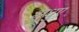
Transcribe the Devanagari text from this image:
मधुए